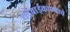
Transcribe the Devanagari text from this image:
धंदेवाईकपणाचे